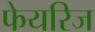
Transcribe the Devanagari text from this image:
फेयरिज